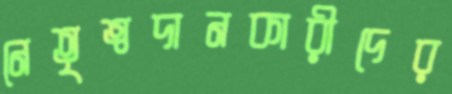
নেতৃত্বদানকারীদের